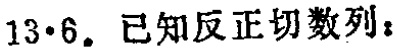
$13\cdot6.$ 已知反正切数列：